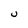
Character: U